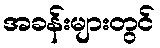
အခန်းများတွင်